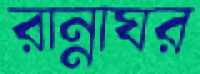
রান্নাঘর